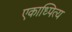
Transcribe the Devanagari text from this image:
एकाध्पित्य